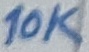
Text: 10K